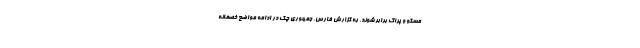
مسکو و پراگ برابر شوند. به گزارش فارس، جمهوری چک در ادامه مواضع خصمانه